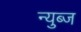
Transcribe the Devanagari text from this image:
न्युब्ज